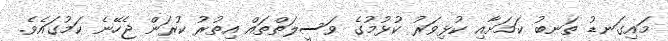
މައިގަނޑު ތަނބު ކަމަށާއި ކުޅިވަރު ކުޅުމުގެ ވަސީލަތްތައް އިތުރު ކުރަން ޖެހޭނެ ކަމުގައެވެ.